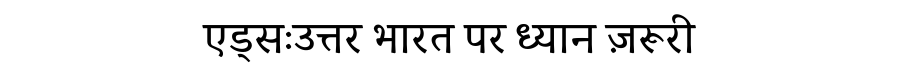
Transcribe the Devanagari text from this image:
एड्सःउत्तर भारत पर ध्यान ज़रूरी